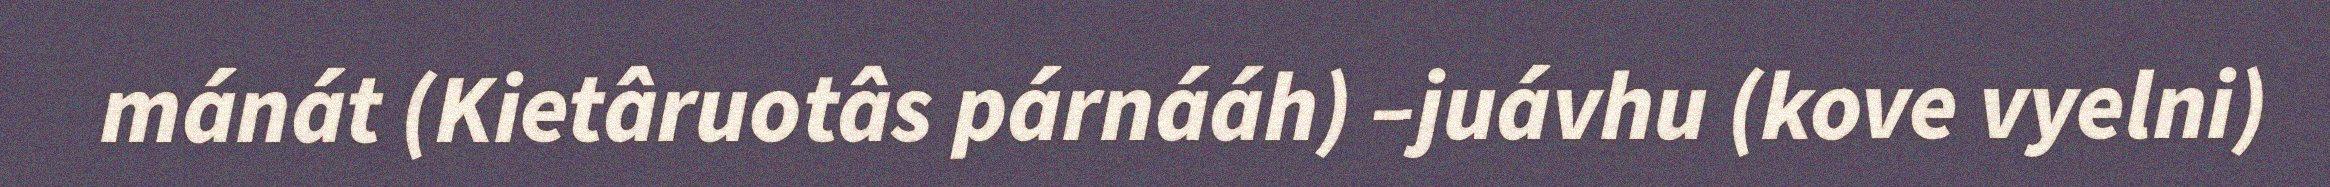
mánát (Kietâruotâs párnááh) –juávhu (kove vyelni)